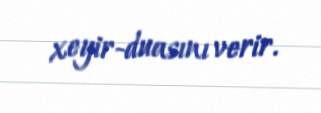
xeyir-duasını verir.